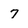
Character: 7